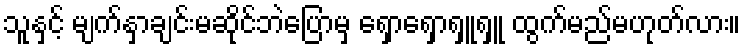
သူနှင့် မျက်နှာချင်းမဆိုင်ဘဲပြောမှ ရှောရှောရှူရှူ ထွက်မည်မဟုတ်လား။